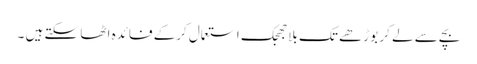
بچے سے لے کر بوڑھے تک بلاجھجک استعمال کرکے فائدہ اٹھا سکتے ہیں ۔